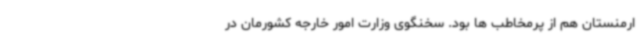
ارمنستان هم از پرمخاطب ها بود. سخنگوی وزارت امور خارجه کشورمان در